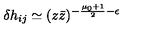
\delta h _ { i j } \simeq ( z \bar { z } ) ^ { - \frac { \mu _ { 0 } + 1 } { 2 } - \epsilon }